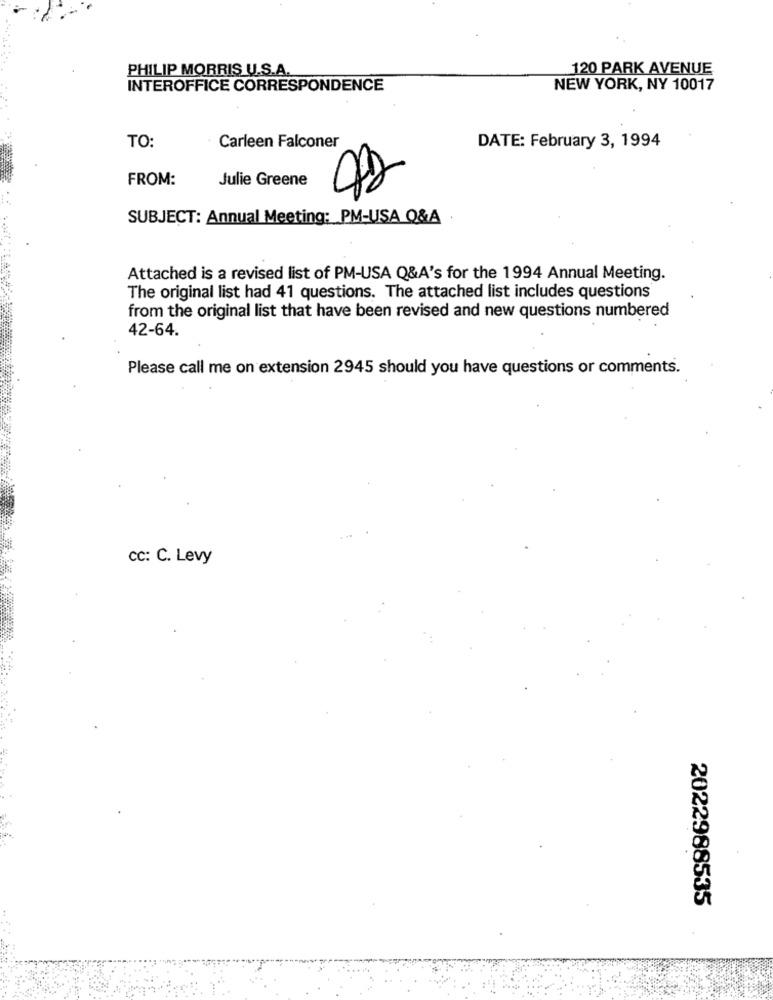
PHILIP MORRIS U.S.A.
120 PARK AVENUE
INTEROFFICE CORRESPONDENCE
NEW YORK, NY 10017
TO:
Carleen Falconer
DATE: February 3, 1994
FROM:
Julie Greene
SUBJECT: Annual Meeting: PM-USA Q&A
Attached is a revised list of PM-USA Q&A's for the 1994 Annual Meeting.
The original list had 41 questions. The attached list includes questions
from the original list that have been revised and new questions numbered
42-64.
Please call me on extension 2945 should you have questions or comments.
CC: C. Levy
2022988535